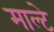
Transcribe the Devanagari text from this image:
माल्टे